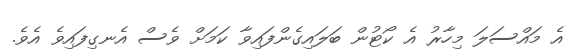
އެ މައްސަލަ މިހާރު އެ ކޯޓުން ބަލައިގެންފައިވާ ކަމަށް ވެސް އެނގިފައިވެ އެވެ.